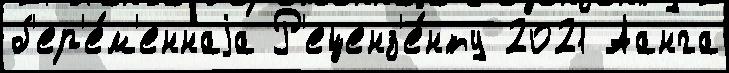
б'ер'е́м'еннаjа Р'еценз'е́нту 2021 Аанга